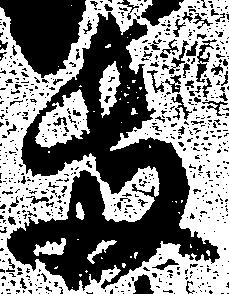
両